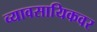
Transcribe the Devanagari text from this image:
व्यावसायिकवर